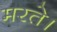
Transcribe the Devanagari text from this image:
मरते।